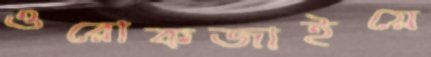
ওরোকজাইয়ে